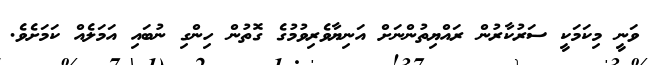
ވަނީ މިކަމަކީ ސަރުކާރުން ރައްޔިތުންނަށް އަނިޔާވެރިވުމުގެ ގޮތުން ހިންގި ނުބައި އަމަލެއް ކަމަށެވެ.